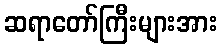
ဆရာတော်ကြီးများအား